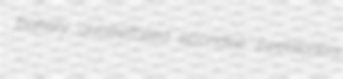
bakery quatrefoiled spondee sweetbriers